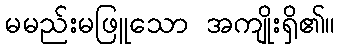
မမည်းမဖြူသော အကျိုးရှိ၏။